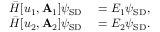
\begin{array} { r l } { \bar { H } [ u _ { 1 } , \mathbf { A } _ { 1 } ] \psi _ { \mathrm { S D } } } & { { } = E _ { 1 } \psi _ { \mathrm { S D } } , } \\ { \bar { H } [ u _ { 2 } , \mathbf { A } _ { 2 } ] \psi _ { \mathrm { S D } } } & { { } = E _ { 2 } \psi _ { \mathrm { S D } } . } \end{array}